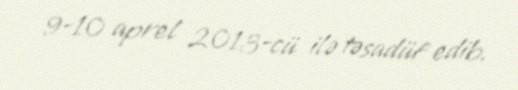
9-10 aprel 2013-cü ilə təsadüf edib.